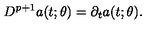
D ^ { p + 1 } a ( t ; \theta ) = \partial _ { t } a ( t ; \theta ) .